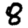
Digit: 8